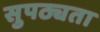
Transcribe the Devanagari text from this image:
सुपठ्यता